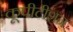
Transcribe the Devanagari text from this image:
कूपीटीशन